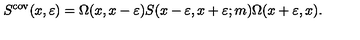
S ^ { \mathrm { c o v } } ( x , \varepsilon ) = \Omega ( x , x - \varepsilon ) S ( x - \varepsilon , x + \varepsilon ; m ) \Omega ( x + \varepsilon , x ) .